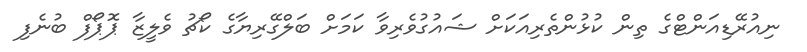
ނިއުރޭޑިއަންޓްގެ ތިން ކުޅުންތެރިއަކަށް ޝައުގުވެރިވާ ކަމަށް ބަލްގޭރިޔާގެ ކޯޗު ވެލީޒާ ޕޮޕޯފް ބުނެފި